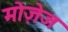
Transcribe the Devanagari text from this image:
मोज़ेज